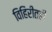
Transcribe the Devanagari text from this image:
विहिरीतही